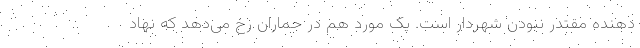
دهنده مقتدر نبودن شهردار است. یک مورد هم در جماران رخ می‌دهد که نهاد